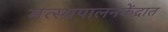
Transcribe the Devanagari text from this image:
मत्स्यपालनकेंद्रात